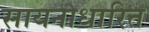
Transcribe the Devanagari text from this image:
सायनाधारित